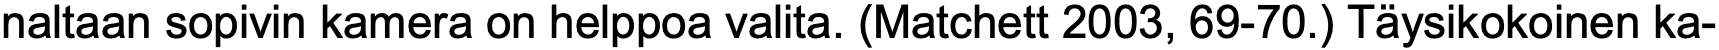
naltaan sopivin kamera on helppoa valita. (Matchett 2003, 69-70.) Täysikokoinen ka-